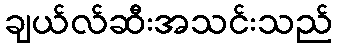
ချယ်လ်ဆီးအသင်းသည်